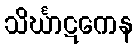
သိင်္ဃာဋကေန